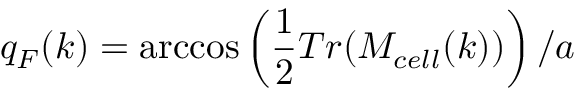
q _ { F } ( k ) = \operatorname { a r c c o s } \left( \frac { 1 } { 2 } T r ( M _ { c e l l } ( k ) ) \right) / a